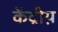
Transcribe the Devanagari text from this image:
केंद्रीय़